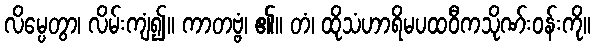
လိမ္ပေတွာ၊ လိမ်းကျံ၍။ ကာတဗ္ဗံ၊ ၏။ တံ၊ ထိုသံဟာရိမပထဝီကသိုဏ်းဝန်းကို။